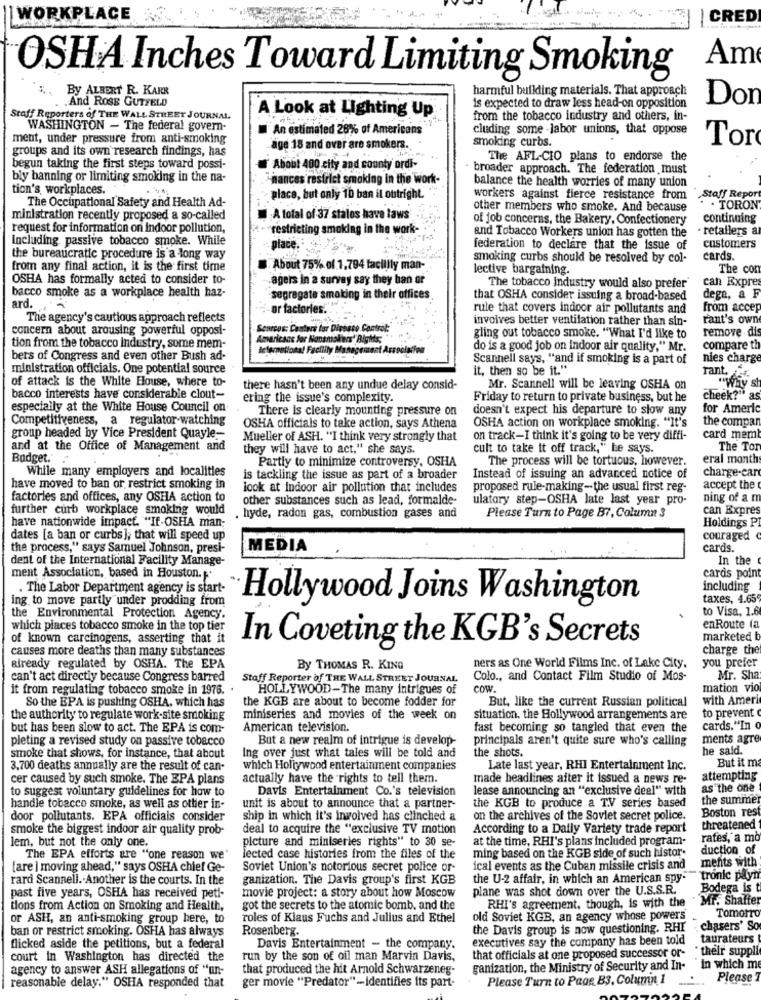
WORKPLACE
CRED
Am
OSHA Inches Toward Limiting Smoking
By ALBERT R. KARR
harmful building materials. That approach
.And ROSE GUTFELD
Don
A Look at Lighting Up
is expected to draw less head-on opposition
Staff Reporters of THE WALL STREET JOURNAL
from the tobacco industry and others, in-
WASHINGTON - The federal govern-
An estimated 28% of Americans
cluding some -labor unions, that oppose
ment, under pressure from anti-smoking
smoking curbs.
groups and its own research findings, has
age 18 and over are smokers.
Tor
The AFL-CIO plans to endorse the
begun taking the first steps toward possi-
About 400 city and county ordi-
broader approach. The federation must
bly banning or limiting smoking in the na-
hances restrict smoking in the work-
tion's, workplaces.
. V
balance the health worries of many union
place, but only 10 ban il outright.
workers against fierce resistance from
Staff Repor
The Occupational Safety and Health Ad-
other members who smoke. And because
. TORON
ministration recently proposed a so-called
A total of 37 states have laws
of job concerns, the Bakery, Confectionery
continuing
request for information on indoor pollution,
"restricting smoking in the work-
- retailers a
Including passive tobacco smoke. While
and Tobacco Workers union has gotten the
federation to declare that the issue of
customers
the bureaucratic procedure is a long way
smoking curbs should be resolved by col-
cards
from any final action, it is the first time
B. About 75% of 1,794 taciilly man-
lective bargaining.
The con
OSHA has formally acted to consider to-
agers in a survey say they ban or
can Expres
The tobacco Industry would also prefer
bacco smoke as a workplace health haz-
segregate smoking in their offices
that OSHA consider issuing a broad-based
dega, a F
ard.
or factories."
rule that covers indoor air pollutants and
from accep
The agency's cautious approach reflects
involves better ventilation rather than sin-
Fant's own
concern about arousing powerful opposi-
enreus: Centers for Disease Control:
remove di
ricaas for Nonsmokers' Bigi
gling out tobacco smoke. "What I'd like to
tion from the tobacco industry, some mem-
temational Facillly Manager
do is a good job on indoor air quality," Mr.
compare th
bers of Congress and even other Bush ad-
Scannell says, "and if smoking is a part of
nies charge
ministration officials. One potential source
it, then so be it."
of attack is the White House, where to-
rant. t.
there hasn't been any undue delay consid-
Mr. Scannell will be leaving OSHA on
bacco interests have considerable clout-
ering the issue's complexity.
Friday to return to private business, but he
cheek?" as
especially at the White House Council on
There is clearly mounting pressure on
doesn't expect his departure to slow any
for Americ
Competitiveness, a regulator-watching
OSHA action on workplace smoking. "It's
the compan
OSHA officials to take action, says Athena
group headed by Vice President Quayle
Mueller of ASH. "I think very strongly that
on track-I think it's going to be very diffi-
card mem
and at the Office of Management and
they will have to act," she says.
cult to take it off track," Le says.
The Tor
Budget."
Partly to minimize controversy, OSHA
The process will be tortuous, however.
eral month
While many employers and localities
charge-car
is tackling the issue as part of a broader
Instead of issuing an advanced notice of
have moved to ban or restrict smoking in
look at indoor air pollution that includes
proposed rule-making- the usual first reg-
accept the
factories and offices, any OSHA action to
other substances such as lead, formalde-
ulatory step-OSHA late last year pro-
ning of a m
further curb workplace smoking would
can Expres
have nationwide impact. "If-OSHA man-
hyde, radon gas, combustion gases and
Please Turn to Page B7, Column 3
Holdings P
dates [a ban or curbs]; that will speed up
couraged
the process," says Samuel Johnson, presi-
MEDIA
cards.
dent of the International Facility Manage-
In the
cards point
ment Association, based in Houston. '
:
. The Labor Department agency is start-
including
ing to move partly under prodding from
Hollywood Joins Washington
taxes, 4.65
to Visa, 1.6
the Environmental Protection Agency.
which places tobacco smoke in the top tier
enRoute fa
of known carcinogens, asserting that it
In Coveting the KGB's Secrets
marketed
causes more deaths than many substances
charge the
already regulated by OSHA. The EPA
By THOMAS R. KING
ners as One World Films Inc. of Lake City.
you prefer
can't act directly because Congress barred
Stoff Reporter of THE WALL STREET JOURNAL
Colo ., and Contact Film Studio of Mos-
Mr. Sha
it from regulating tobacco smoke in 1976.
HOLLYWOOD-The many intrigues of
CON
mation vio
So the EPA is pushing OSHA, which has
the KGB are about to become fodder for
But, like the current Russian political
with Ameri
to prevent
the authority to regulate work-site smoking
miniseries and movies of the week on
situation. the Hollywood arrangements are
but has been slow to act. The EPA is com-
American television.
fast becoming so tangled that even the
cards. "In o
pleting a revised study on passive tobacco
But a new realm of intrigue is develop-
principals aren't quite sure who's calling
ments agre
he said.
smoke that shows, for instance, that about
ing over just what tales will be told and
the shots.
But it m
3,700 deaths annually are the result of can-
which Hollywood entertainment companies
Late last year, RHI Entertainment Inc.
cer caused by such smoke. The EPA plans
actually have the rights to tell them.
made headlines after it issued a news re-
attempting
to suggest voluntary guidelines for how to
Davis Entertainment Co.'s television
lease announcing an "exclusive deel" with
as the one
the summer
handle tobacco smoke, as well as ottier in-
unit is about to announce that a partner-
the KGB to produce a TV series based
Boston rest
door pollutants. EPA officials consider
ship in which it's involved has clinched &
on the archives of the Soviet secret police.
smoke the biggest indoor air quality prob-
deal to acquire the "exclusive TV motion
According to a Daily Variety trade report
threatened
lem, but not the only one.
picture and miniseries rights" to 30 se-
at the time, RHI's plans included program-
rates, a mo
duction of
The EPA efforts are "one reason we'
lected case histories from the files of the
ming based on the KGB side of such histor.
ments with
[are ] moving ahead," says OSHA chief Ge-
Soviet Union's notorious secret police or-
ical events as the Cuban missile crisis and
rard Scannell. Another is the courts. In the
ganization. The Davis group's first KGB
the U-2 affair, in which an American spy-
tronic payn
movie project: a story about how Moscow
plane was shot down over the U.S.S.R.
Bodega is t
past five years, OSHA has received petl-
Mr. Shaffer
tions from Action on Smoking and Health,
got the secrets to the atomic bomb, and the
RHI's agreement, though, is with the
or ASH, an anti-smoking group here, to
roles of Klaus Fuchs and Julius and Ethel
old Soviet KGB, an agency whose powers
Tomorr
ban or restrict smoking. OSHA has always
Rosenberg.
the Davis group is now questioning. RHI
chasers' So
executives say the company has been told
taurateurs
flicked aside the petitions, but a federal
Davis Entertainment - the company.
"their suppli
court in Washington has directed the
run by the son of oil man Marvin Davis,
that officials at one proposed successor or-
agency to answer ASH allegations of "un-
that produced the hit Arnold Schwarzeneg
ganization, the Ministry of Security and In- In which me
ger movie "Predator"-identifies its part-
Please Turn to Page B3. Column 1
Please T
reasonable delay." OSHA responded that